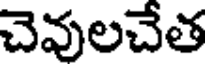
చెవులచేత